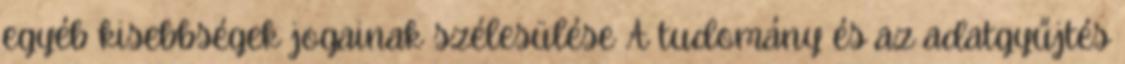
egyéb kisebbségek jogainak szélesülése A tudomány és az adatgyűjtés